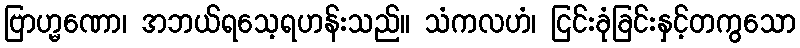
ဗြာဟ္မဏော၊ အဘယ်ရသေ့ရဟန်းသည်။ သံကလဟံ၊ ငြင်းခုံခြင်းနှင့်တကွသော